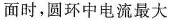
面时,圆环牛电流最大